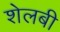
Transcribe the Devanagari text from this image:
शेलबी